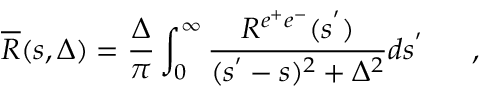
\overline { { { R } } } ( s , \Delta ) = \frac { \Delta } { \pi } \int _ { 0 } ^ { \infty } \frac { R ^ { e ^ { + } e ^ { - } } ( s ^ { ' } ) } { ( s ^ { ' } - s ) ^ { 2 } + \Delta ^ { 2 } } d s ^ { ' } ~ ~ ~ ~ ~ ,